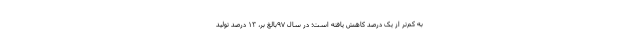
به کم‌تر از یک درصد کاهش یافته است؛ در سال ۹۷بالغ بر، ۱۳ درصد تولید